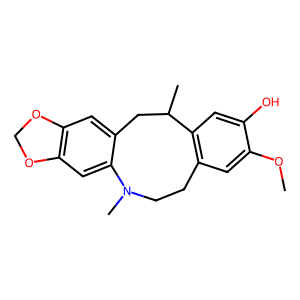
SMILES: COc1cc2c(cc1O)C(C)Cc1cc3c(cc1N(C)CC2)OCO3
Inhibits HIV replication: No